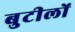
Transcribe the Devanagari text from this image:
बुटीलों